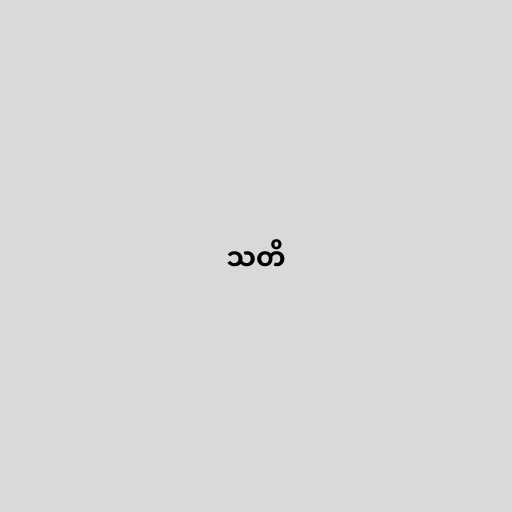
သတိ